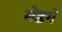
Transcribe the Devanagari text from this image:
मेडगे